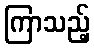
ကြာသည့်